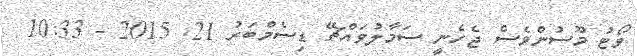
ވޯޓު މޫސުންވެސް ޖެހެނީ ސަމާލުވައްޗޭ ޑިސެމްބަރު 21